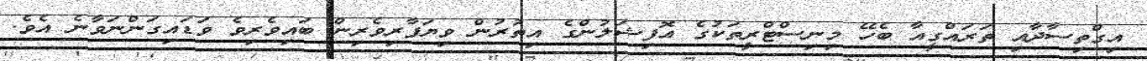
އިގްތިސާދާއި ތަރައްގީއާ ބެހޭ މިނިސްޓްރީތަކުގެ އޮފިޝަލުންގެ އިތުރުން ވިޔަފާރިވެރިން ބައިވެރިވެ ވަޑައިގަންނަވާނެ އެވެ.